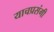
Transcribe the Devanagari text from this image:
याचप्रसंगी